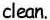
clean.